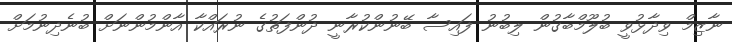
ނާޒިމް ވިދާޅުވީ ބުލޫމްބާގުން ލިބުނު ފައިސާ ބޭނުންކުރާނީ ދުންފަތުގެ ނުރައްކާ އާންމުންނަށް ބުނެދިނުމަށް